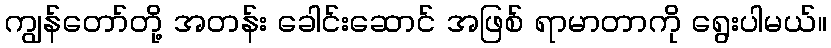
ကျွန်တော်တို့ အတန်း ခေါင်းဆောင် အဖြစ် ရာမာတာကို ရွေးပါမယ်။